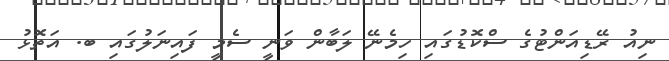
ނިއު ރޭޑިއަންޓުގެ ސްކޮޑުގައި ހިމެނޭ ލަބާން ވަނީ ސެމީ ފައިނަލުގައި ބ. އަތޮޅު